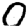
Digit: 0